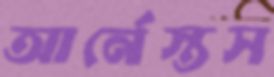
আর্নেস্তস